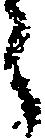
ら